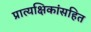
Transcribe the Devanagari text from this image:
प्रात्यक्षिकांसहित